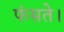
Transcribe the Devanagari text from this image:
फंसते।